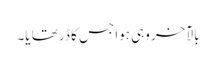
بالآخر وہی ہوا جس کا ڈر تھا یا۔